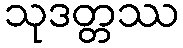
သုဒတ္တဿ